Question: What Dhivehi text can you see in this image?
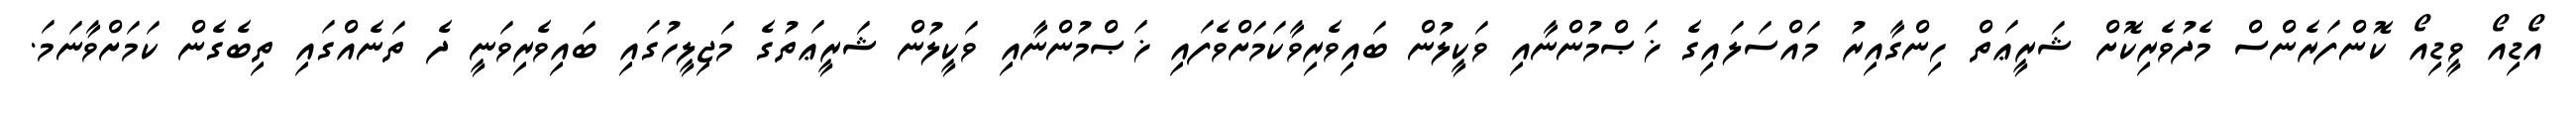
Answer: އޯޑިއޯ ވީޑިއޯ ކޮންފަރެންސް މެދުވެރިކޮށް ޝަރީޢަތް ހިންގާއިރު މައްސަލައިގެ ޚަޞްމުންނާއި ވަކީލުން ބައިވެރިވާކަމަށްވެފައި ޚަޞްމުންނާއި ވަކީލުން ޝަރީޢަތުގެ މަޖިލީހުގައި ބައިވެރިވަނީ ދެ ތަނެއްގައި ތިބެގެން ކަމަށްވާނަމަ.